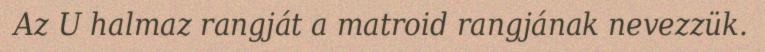
Az U halmaz rangját a matroid rangjának nevezzük.